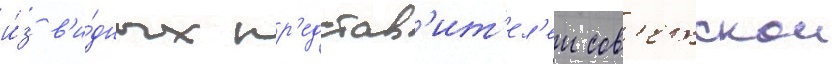
и́з в'и́дных пр'едстав'ит'ел'еи сов'етскои